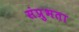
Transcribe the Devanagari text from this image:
संप्रुभता